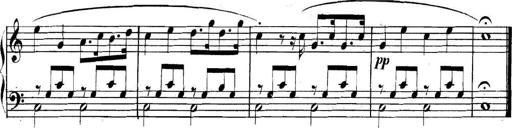
Title: Collected Piano Sonatas
Composer: Muzio Clementi